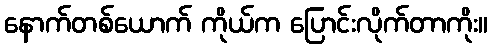
နောက်တစ်ယောက် ကိုယ်က ပြောင်းလိုက်တာကိုး။